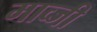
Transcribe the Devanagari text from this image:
माव्जी